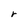
Character: r